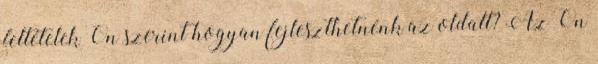
feltételek Ön szerint hogyan fejleszthetnénk az oldalt? Az Ön